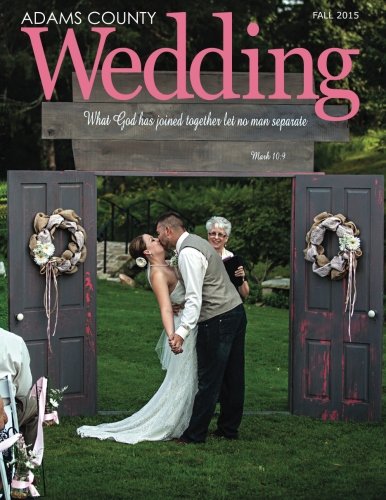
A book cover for Adams County Wedding (Volume 1); Susan Bonser; Crafts, Hobbies & Home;